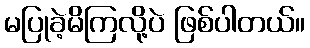
မပြုခဲ့မိကြလို့ပဲ ဖြစ်ပါတယ်။